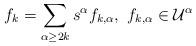
LaTeX: \begin{align*}f_{k}=\sum_{\alpha\geq 2k} s^{\alpha} f_{k,\alpha}, \ f_{k,\alpha} \in \mathcal{U}^{\alpha}\end{align*}